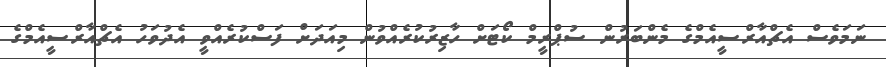
ނަމަވެސް އެޗްއާރްސީއެމްގެ މެންބަރުން ސުޕްރީމް ކޯޓަށް ހާޒިރުކުރެއްވުން މިއަދަށް ފަސްކުރެއްވީ އެދުވަހު އެޗްއާރްސީއެމްގެ